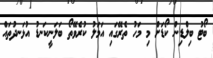
ބޯޓު ބިލްޑިން ކޯޑަށް މި މަހު ތެރޭގައި އަމަލު ކުރެވޭތޯ ބަލަނީކަނޑު އުޅަނދުތައް